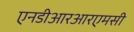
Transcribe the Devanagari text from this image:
एनडीआरआरएमसी